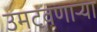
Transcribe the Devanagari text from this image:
उमटवणाऱ्या